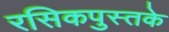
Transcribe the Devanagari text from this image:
रसिकपुस्तके